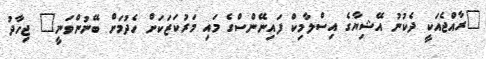
"ރާއްޖެއަކީ ދެކުނު އޭޝިޔާގެ އިސްލާމިކް ފައިނޭންސްގެ މައި މަރުކަޒަކަށް ހެދުމަށް ބޭނުންވަނީ" ޖިހާދު